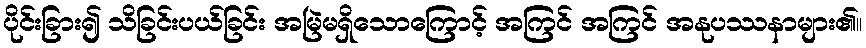
ပိုင်းခြား၍ သိခြင်းပယ်ခြင်း အမြဲမရှိသောကြောင့် အကြင် အကြင် အနုပဿနာများ၏။